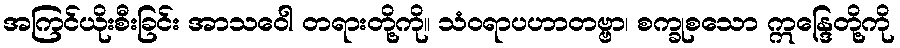
အကြင်ယိုးစီးခြင်း အာသဝေါ တရားတို့ကို။ သံဝရာပဟာတဗ္ဗာ၊ စက္ခုစသော ဣန္ဒြေတို့ကို